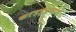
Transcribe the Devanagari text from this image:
करडईप्रमाणे